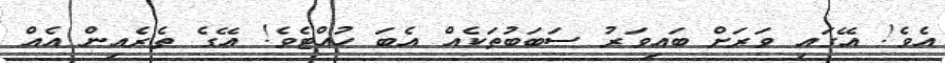
އެވެ! އޭގައި ވަރަށް ބައިވަރު ސަބަބުތަކެއް އެބަ ހުއްޓެވެ! އޭގެ ތެރެއިން އެއް